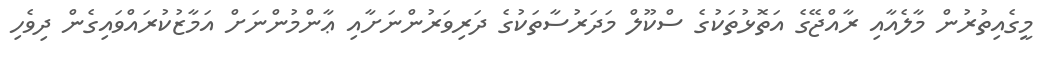
މީގެއިތުރުން މާލެއާއި ރާއްޖޭގެ އަތޮޅުތަކުގެ ސްކޫލް މަދަރުސާތަކުގެ ދަރިވަރުންނަށާއި ޢާންމުންނަށް އަމާޒުކުރައްވައިގެން ދިވެހި